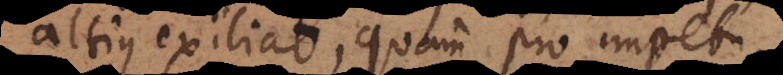
altius exiliat, quam pro impetu,